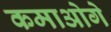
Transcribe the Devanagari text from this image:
कमाओगे